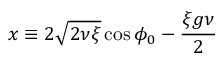
x \equiv 2 \sqrt { 2 \nu \xi } \cos \phi _ { 0 } - \frac { \xi g \nu } { 2 }